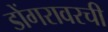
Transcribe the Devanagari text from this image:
डोंगरावरची